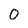
Character: 0